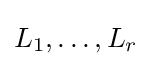
L_{1},\dots ,L_{r}